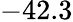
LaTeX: -42.3